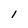
Character: i